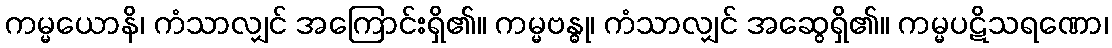
ကမ္မယောနိ၊ ကံသာလျှင် အကြောင်းရှိ၏။ ကမ္မဗန္ဓု၊ ကံသာလျှင် အဆွေရှိ၏။ ကမ္မပဋိသရဏော၊